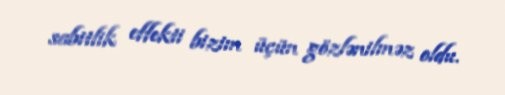
sabitlik effekti bizim üçün gözlənilməz oldu.